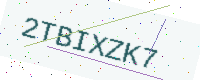
Text: 2TBIXZK7